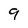
Character: 9